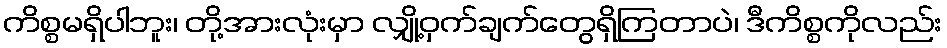
ကိစ္စမရှိပါဘူး၊ တို့အားလုံးမှာ လျှို့ဝှက်ချက်တွေရှိကြတာပဲ၊ ဒီကိစ္စကိုလည်း